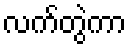
လက်တွဲကာ